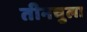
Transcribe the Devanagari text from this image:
तीनचुला